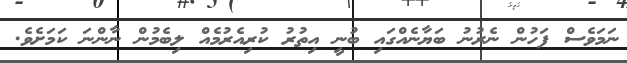
ނަމަވެސް ފަހުން ނެރުނު ބަޔާނެެއްގައި ބުނީ އިތުރު ކުރިއެރުމެއް ލިބެމުން ނާންނަ ކަމަށެވެ.